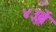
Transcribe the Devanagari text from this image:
४३वें